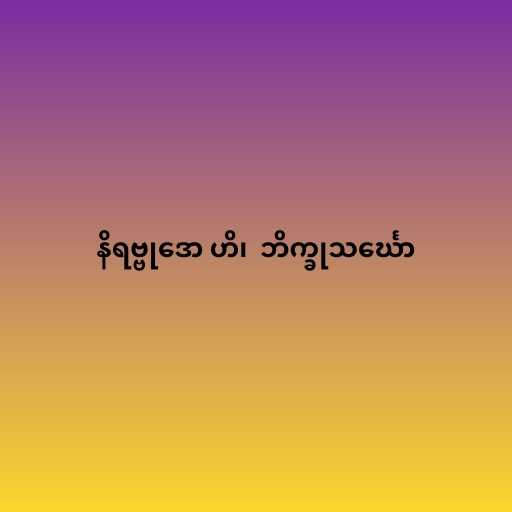
နိရဗ္ဗုဒော ဟိ၊  ဘိက္ခုသင်္ဃော